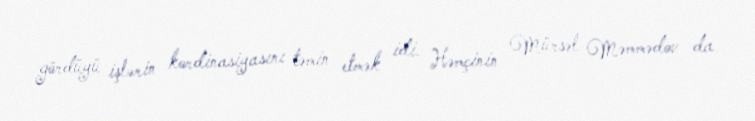
gördüyü işlərin kordinasiyasını təmin etmək idi. Həmçinin Mürsəl Məmmədov da